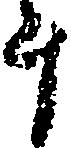
斗